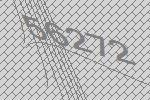
56272